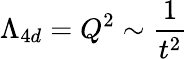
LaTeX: \Lambda_{4d}=Q^{2}\sim\frac{1}{t^{2}}